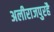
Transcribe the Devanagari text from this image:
अलीराजपुरहै